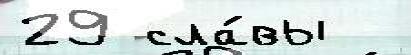
29 сла́вы